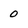
Character: 0